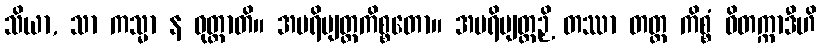
သိယာ, သာ ကသ္မာ န ဝုတ္တာတိ။ အပရိဗျတ္တကိစ္စတော။ အပရိဗျတ္တဉှိ တဿာ တတ္ထ ကိစ္စံ ဝိတက္ကာဒီဟိ